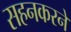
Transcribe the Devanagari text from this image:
सहनकरने